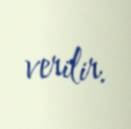
verilir.